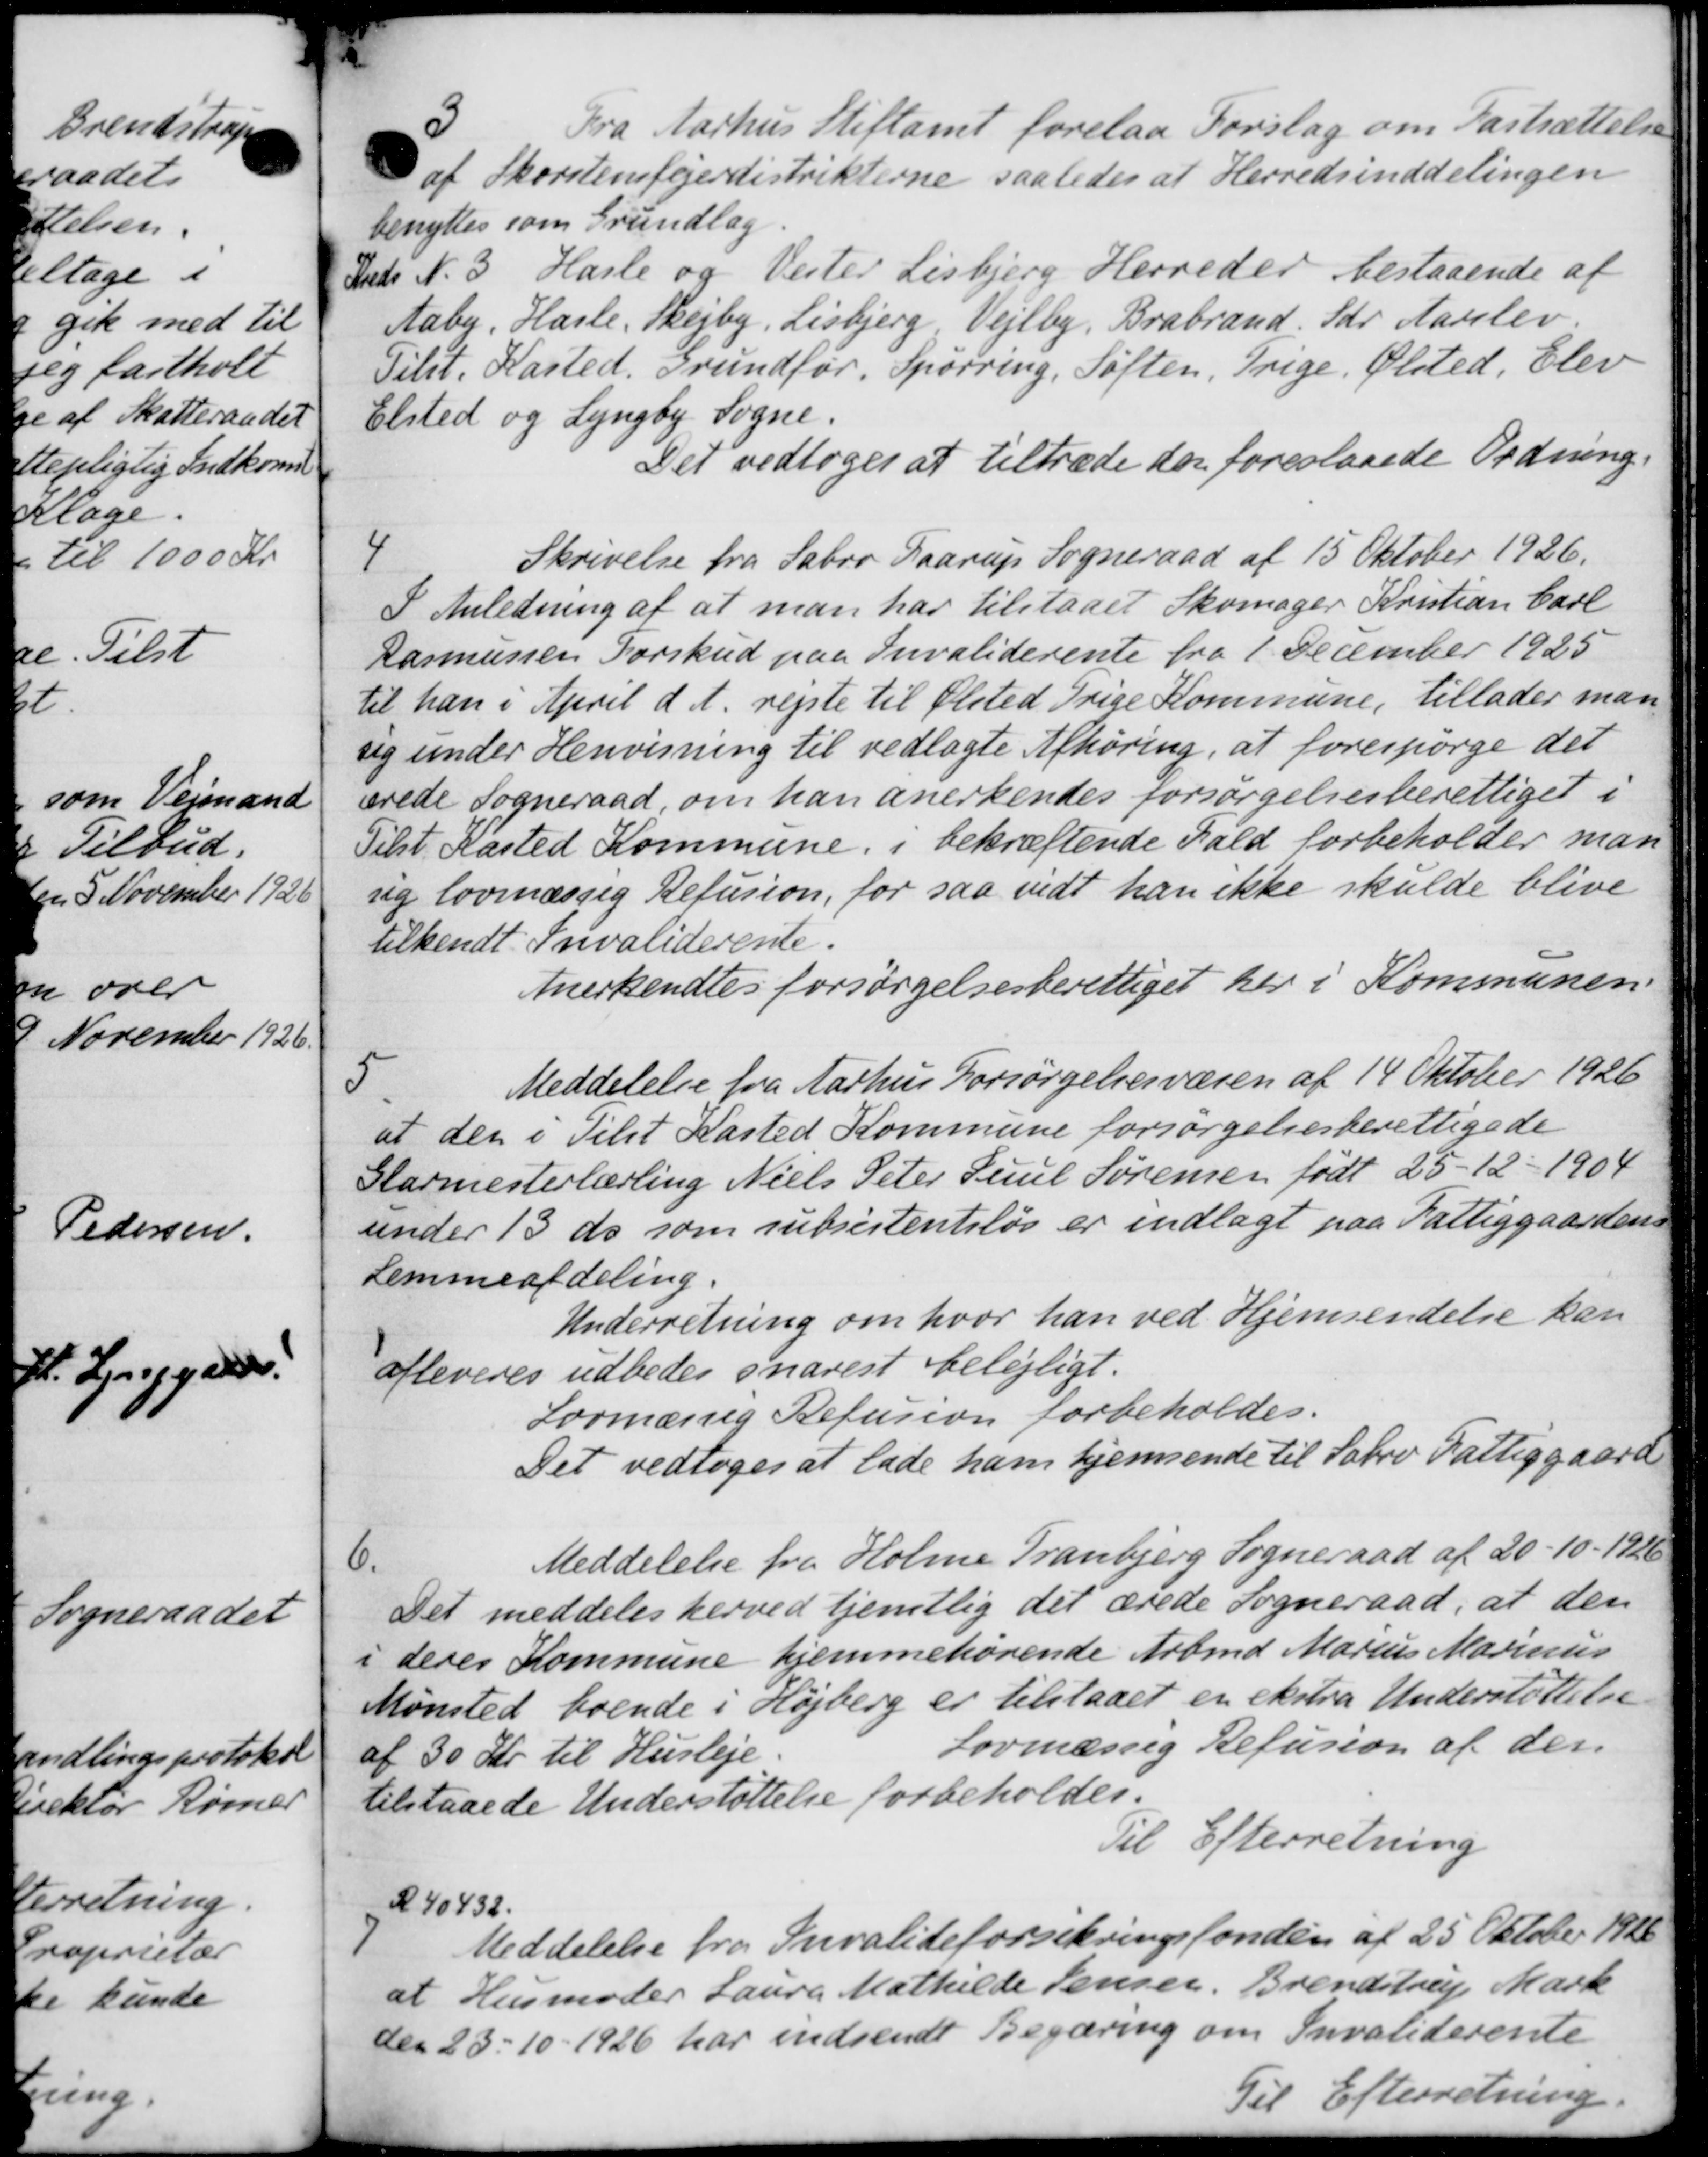
Transskription:
3
Fra Aarhus Stiftamt forelaa Forslag om Fastsættelse
af Skorstensfejerdistrikterne saaledes at Herredsinddelingen
benyttes som Grundlag.
Inds N. 3. Hasle og Vester Lisbjerg Herreder bestaaende af
Aaby, Hasle Skejby, Lisbjerg Vejlby, Brabrand. Gdr Aarslev.
Tilst. Kasted. Grundfør Spørring, Søften, Trige Ølsted, Elev
Elsted og Lyngby Sogne.
Det vedtoges at tiltræde der foreslaaede Ordning.
4
Skrivelse fra Sabro Faarup Sogneraad af 15 Oktober 1926.
I Anledning af at man har tilstaaet Skomager Kristian Carl
Rasmussen Forskud paa Invaliderente fra 1. December 1925
til han i April d. A. rejste til Ølsted Trige Kommune, tillader man
sig under Henvisning til vedlagte Afhøring, at forespørge det
ærede Sogneraad, om han anerkendes forsørgelsesberettiget i
Tilst Kasted Kommune, i bekræftende Fald forbeholder man
sig lovmæssig Refusion, for saa vidt han ikke skulde blive
tilkendt Invaliderente.
Anerkendtes forsørgelsesberettiget her i Kommunen
5
Meddelelse fra Aarhus Forsørgelsesvæsen af 14 Oktober 1926
at der i Tilst Kasted Kommune forsørgelsesberettigede
Glarmesterlærling Niels Peter Juul Sørensen født 25 - 12 - 1904
under 15 ds som subsistentsløs er indlagt paa Fattiggaardens
Lemmeafdeling.
Underretning om hvor han ved Hjemsendelse kan
afleveres udbedes snarest belejligt.
Lovmæssig Refusion forbeholdes.
Det vedtoges at lade ham hjemsende til Sabro Fattiggaard
6.
Meddelelse fra Holme Tranbjerg Sogneraad af 20 - 10 - 1926
Det meddeles herved tjentlig det ærede Sogneraad, at den
i deres Kommune hjemmehørende Arbmd Marius Marinus
Mønsted boende i Højberg er tilstaaet en ekstra Understøttelse
Lovmæssig Refusion af der.
af 30 Kr. til Husleje.
tilstaaede Understøttelse forbeholdes.
Til Efterretning
K 40432.

Meddelelse fra Invalideforsikringsfonden af 25 Oktober 1926
at Husmoder Laura Mathilde Jensen, Brendstrup Mark
den 23 - 10 - 1926 har indsendt Begæring om Invaliderente
Til Efterretning